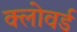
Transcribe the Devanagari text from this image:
क्लोवर्ड